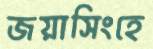
জয়াসিংহে